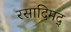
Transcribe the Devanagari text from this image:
रसादिमद्